Annual report on the Civil Veterinary Department, Burma (including the Insein Veterinary School) - 1910-1922
Year: 1910
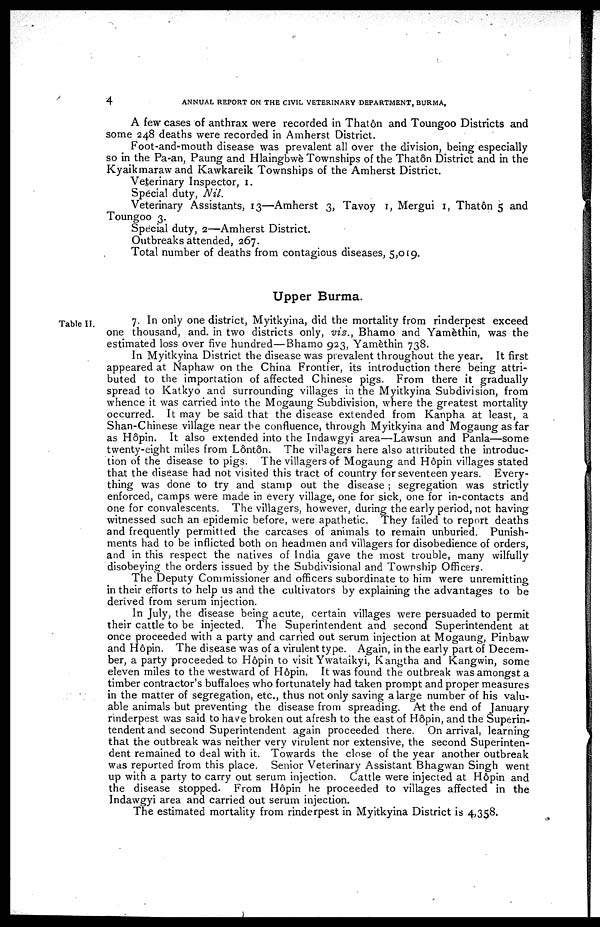
4
ANNUAL REPORT ON THE CIVIL VETERINARY DEPARTMENT, BURMA,
A few cases of anthrax were recorded in That on and Toungoo Districts and
some 248 deaths were recorded in Amherst District.
Foot-and-mouth disease was prevalent all over the division, being especially
so in the Pa-an, Paung and Hlaingbwè Townships of the That6n District and in the
Kyaikmaraw and Kawkareik Townships of the Amherst District.
Veterinary Inspector, 1.
Special duty, Nil.
Veterinary Assistants, 13—Amherst 3, Tavoy 1, Mergui 1, Thatôn 5 and
Toungoo 3.
Special duty, 2—Amherst District.
Outbreaks attended, 267.
Total number of deaths from contagious diseases, 5,019.
Upper Burma.
Table II.
7. In only one district, Myitkyina, did the mortality from rinderpest exceed
one thousand, and. in two districts only, viz., Bhamo and Yamèthin, was the
estimated loss over five hundred—Bhamo 923, Yamèthin 738.
In Myitkyina District the disease was prevalent throughout the year. It first
appeared at Naphaw on the China Frontier, its introduction there being attri-
buted to the importation of affected Chinese pigs. From there it gradually
spread to Katkyo and surrounding villages in the Myitkyina Subdivision, from
whence it was carried into the Mogaung Subdivision, where the greatest mortality
occurred. It may be said that the disease extended from Kanpha at least, a
Shan-Chinese village near the confluence, through Myitkyina and Mogaung as far
as Hôpin. It also extended into the Indawgyi area—Lawsun and Panla—some
twenty-eight miles from L6nt3n. The villagers here also attributed the introduc-
tion of the disease to pigs. The villagers of Mogaung and Hôpin villages stated
that the disease had not visited this tract of country for seventeen years. Every-
thing was done to try and stamp out the disease ; segregation was strictly
enforced, camps were made in every village, one for sick, one for in-contacts and
one for convalescents. The villagers, however, during the early period, not having
witnessed such an epidemic before, were apathetic. They failed to report deaths
and frequently permitted the carcases of animals to remain unburied. Punish-
ments had to be inflicted both on headmen and villagers for disobedience of orders,
and in this respect the natives of India gave the most trouble, many wilfully
+disobeying the orders issued by the Subdivisional and Township Officers.
The Deputy Commissioner and officers subordinate to him were unremitting
in their efforts to help us and the cultivators by explaining the advantages to be
derived from serum injection.
In July, the disease being acute, certain villages were persuaded to permit
their cattle to be injected. The Superintendent and second Superintendent at
once proceeded with a party and carried out serum injection at Mogaung, Pinbaw
and Hôpin. The disease was of a virulent type. Again, in the early part of Decem-
ber, a party proceeded to Hôpin to visit Ywataikyi, Kangtha and Kangwin, some
eleven miles to the westward of Hôpin. It was found the outbreak was amongst a
timber contractor's buffaloes who fortunately had taken prompt and proper measures
in the matter of segregation, etc., thus not only saving a large number of his valu-
able animals but preventing the disease from spreading. At the end of January
rinderpest was said to have broken out afresh to the east of H6pin, and the Superin-
tendent and second Superintendent again proceeded there. On arrival, learning
that the outbreak was neither very virulent nor extensive, the second Superinten-
dent remained to deal with it. Towards the close of the year another outbreak
was reported from this place. Senior Veterinary Assistant Bhagwan Singh went
up with a party to carry out serum injection. Cattle were injected at H6pin and
the disease stopped. From Hôpin he proceeded to villages affected in the
Indawgyi area and carried out serum injection.
The estimated mortality from rinderpest in Myitkyina District is 4,358.